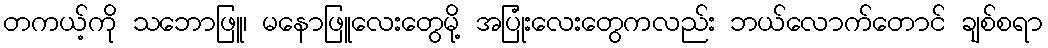
တကယ့်ကို သဘောဖြူ၊ မနောဖြူလေးတွေမို့ အပြုံးလေးတွေကလည်း ဘယ်လောက်တောင် ချစ်စရာ